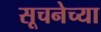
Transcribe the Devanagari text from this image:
सूचनेच्या